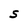
Character: S